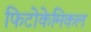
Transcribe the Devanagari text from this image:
फिटोकेमिकल